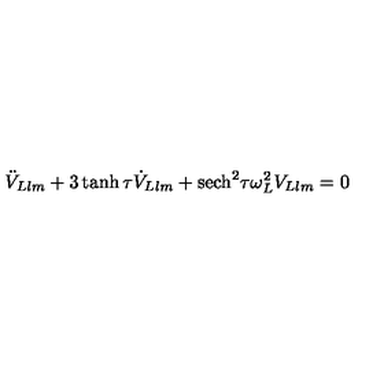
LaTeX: \ddot { V } _ { L l m } + 3 \tanh \tau \dot { V } _ { L l m } + \mathrm { s e c h } ^ { 2 } \tau \omega _ { L } ^ { 2 } V _ { L l m } = 0